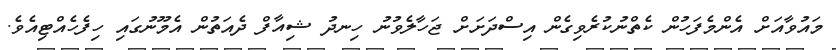
މައުވާއަށް އެންމެފަހުން ކެތްނުކުރެވިގެން އިސްދަށަށް ޖަހާލެވުނު ހިނދު ޝިއާފް ދެއަތުން އެމޫނުގައި ހިފެހެއްޓިއެވެ.